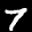
Label: 7